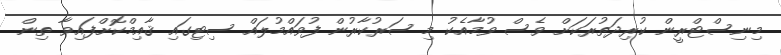
މިނިސްޓްރީން ކުރިދަތުރަކަށް ވެސް ވުމާއެކު މި ސަރުކާރުން ފުވައްމުލައް ސިޓިގައި ޤާއިމްކޮށްފައިވާ ތިން